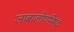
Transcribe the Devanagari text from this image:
जाबालोपनिषद्